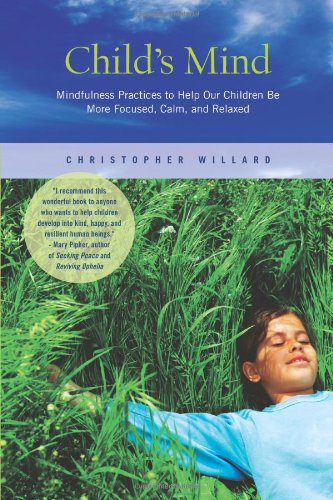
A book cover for Child's Mind: Mindfulness Practices to Help Our Children Be More Focused, Calm, and Relaxed; Psy.D. Christopher Willard; Christian Books & Bibles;